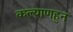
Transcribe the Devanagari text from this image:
कल्याणहुन